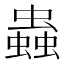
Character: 蟲